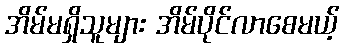
အိမ်မရှိသူများ အိမ်ပိုင်လာစေမယ့်